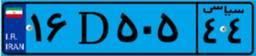
۱۶D۵۰۵۴۴